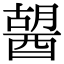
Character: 𨡷